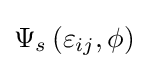
{\Psi _{s}}\left({{\varepsilon _{ij}},\phi }\right)